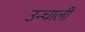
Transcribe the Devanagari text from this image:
उन्चाली